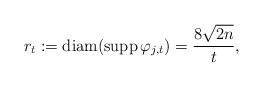
LaTeX: \begin{align*}r_t := \operatorname{diam} (\operatorname{supp} \varphi_{j,t}) = \frac{8\sqrt{2n}}{t},\end{align*}